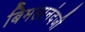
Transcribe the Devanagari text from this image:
बिमलानंदजी